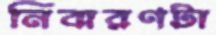
নিবারণটা